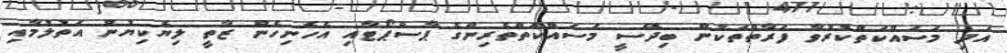
އަދި މަސައްކަތްކުރުވާ ފަރާތްތަކުން ބިދޭސީ މަސައްކަތްތެރިންގެ ޕާސްޕޯޓާއި އެހެނިހެން ޒާތީ ލިޔެކިޔުން އަތުލުމާއި